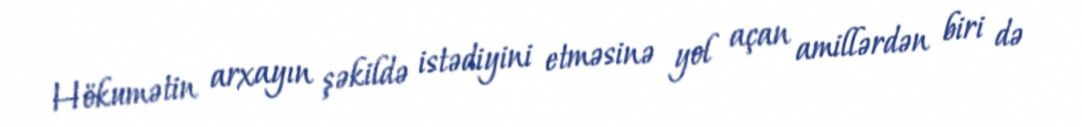
Hökumətin arxayın şəkildə istədiyini etməsinə yol açan amillərdən biri də